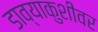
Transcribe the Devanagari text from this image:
डाव्याकुशीवर